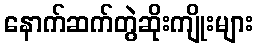
နောက်ဆက်တွဲဆိုးကျိုးများ